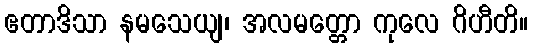
ဧတာဒိသာ နမသေယျ၊ အလမတ္တော ကုလေ ဂိဟီတိ။